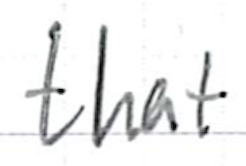
Text: that
Cross-out: clean
Writing tool: ballpoint